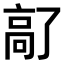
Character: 𫘵